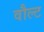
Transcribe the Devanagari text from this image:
वौल्ट